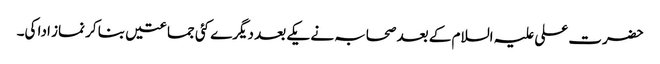
حضرت علی علیہ السلام کے بعد صحابہ نے یکے بعد دیگرے کئی جماعتیں بنا کر نماز ادا کی۔